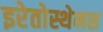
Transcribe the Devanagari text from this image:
इरेतोस्थेनस